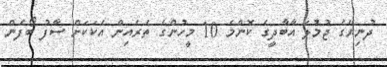
ދުނިޔޭގެ ޖުމުލަ އާބާދީގެ ކޮންމެ 10 މީހުންގެ ތެރެއިން އެކަކަށް ސާފު ބޯފެން